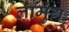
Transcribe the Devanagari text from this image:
लामुंग